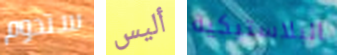
ستدوم أليس البلاستيكية